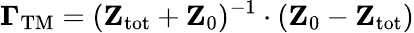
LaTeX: \mathbf{\Gamma}_{\mathrm{TM}}=(\mathbf{Z}_{\mathrm{tot}}+\mathbf{Z}_{0})^{-1}\cdot(\mathbf{Z}_{0}-\mathbf{Z}_{\mathrm{tot}})